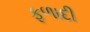
ફળાદી